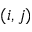
( i , j )